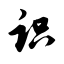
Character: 识